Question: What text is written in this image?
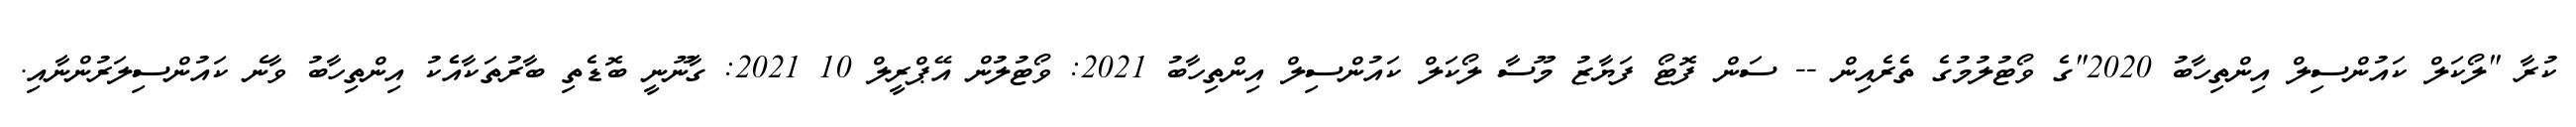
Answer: ކުރާ "ލޯކަލް ކައުންސިލް އިންތިހާބު 2020"ގެ ވޯޓުލުމުގެ ތެރެއިން -- ސަން ފޮޓޯ ފަޔާޒު މޫސާ ލޯކަލް ކައުންސިލް އިންތިހާބު 2021: ވޯޓުލުން އޭޕްރީލް 10 2021: ގާނޫނީ ބޮޑެތި ބާރުތަކާއެެކު އިންތިހާބު ވާނެ ކައުންސިލަރުންނާއި.